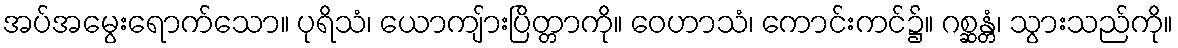
အပ်အမွေးရောက်သော။ ပုရိသံ၊ ယောကျ်ားပြိတ္တာကို။ ဝေဟာသံ၊ ကောင်းကင်၌။ ဂစ္ဆန္တံ၊ သွားသည်ကို။